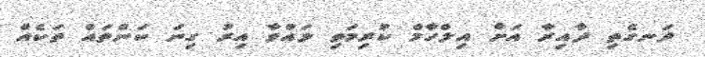
ދަނގެތި ދާއިރާ އަށް އިލްހާމް ކުރިމަތި ލައްވާ އިރު ގިނަ ކަންތައް ތަކެއް